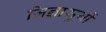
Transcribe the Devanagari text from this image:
जिज्ञासुयों